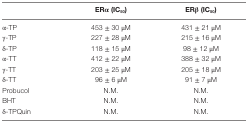
<table><thead><tr><td></td><td><b>ERα (IC<sub>50</sub>)</b></td><td><b>ERβ (IC<sub>50</sub>)</b></td></tr></thead><tbody><tr><td>α-TP</td><td>453 ± 30 μM</td><td>431 ± 21 μM</td></tr><tr><td>γ-TP</td><td>227 ± 28 μM</td><td>215 ± 16 μM</td></tr><tr><td>δ-TP</td><td>118 ± 15 μM</td><td>98 ± 12 μM</td></tr><tr><td>α-TT</td><td>412 ± 22 μM</td><td>388 ± 32 μM</td></tr><tr><td>γ-TT</td><td>203 ± 25 μM</td><td>205 ± 18 μM</td></tr><tr><td>δ-TT</td><td>96 ± 6 μM</td><td>91 ± 7 μM</td></tr><tr><td>Probucol</td><td>N.M.</td><td>N.M.</td></tr><tr><td>BHT</td><td>N.M.</td><td>N.M.</td></tr><tr><td>δ-TPQuin</td><td>N.M.</td><td>N.M.</td></tr></tbody></table>